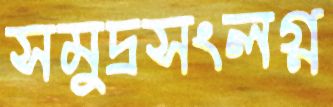
সমুদ্রসংলগ্ন